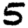
Digit: 5